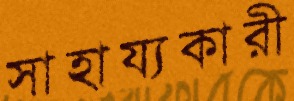
সাহায্যকারী